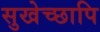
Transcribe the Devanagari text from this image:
सुखेच्छापि